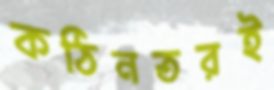
কঠিনতরই